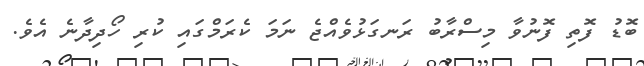
ބޮޑު ފޮތި ފޮނުވާ މިސްރާބު ރަނގަޅުވެއްޖެ ނަމަ ކެރަމްގައި ކުރި ހޯދިދާނެ އެވެ.